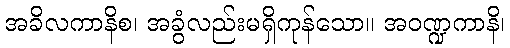
အခိလကာနိစ၊ အခွံလည်းမရှိကုန်သော။ အဝဏ္ဍကာနိ၊